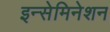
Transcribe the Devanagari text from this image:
इन्सेमिनेशन